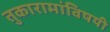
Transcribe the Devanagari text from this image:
तुकारामांविषयी